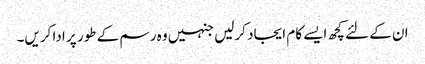
ان کے لئے کچھ ایسے کام ایجاد کرلیں جنہیں وہ رسم کے طور پر ادا کریں۔